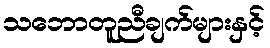
သဘောတူညီချက်များနှင့်